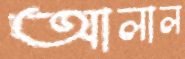
আলাল